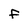
Character: F